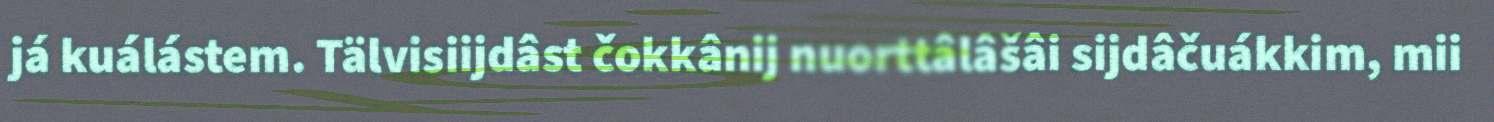
já kuálástem. Tälvisiijdâst čokkânij nuorttâlâšâi sijdâčuákkim, mii